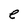
Character: e